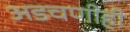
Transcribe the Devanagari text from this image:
अडचणीही